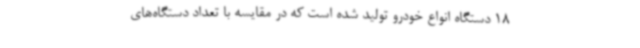
18 دستگاه انواع خودرو تولید شده است که در مقایسه با تعداد دستگاه‌های